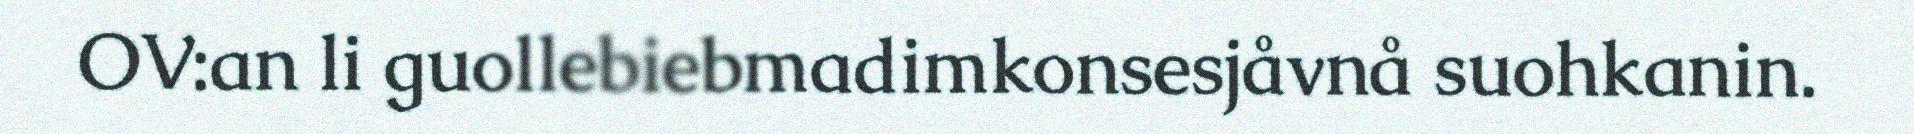
OV:an li guollebiebmadimkonsesjåvnå suohkanin.